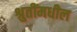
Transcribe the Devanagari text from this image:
श्रुतींमधील